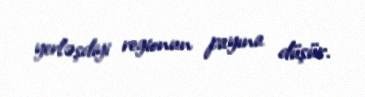
yerləşdiyi regionun payına düşür.